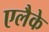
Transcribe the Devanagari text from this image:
एलैके